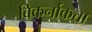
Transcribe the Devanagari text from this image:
बिकर्नाकत्ता